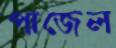
পাজেল